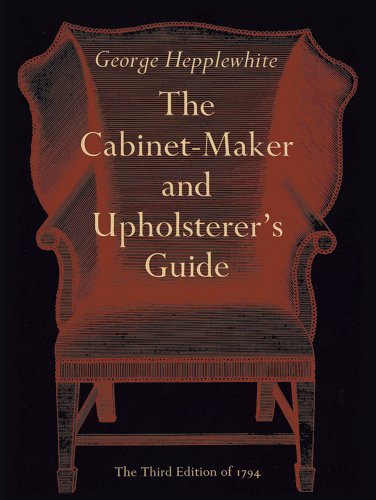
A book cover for The Cabinet-Maker and Upholsterer's Guide; George Hepplewhite; Crafts, Hobbies & Home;